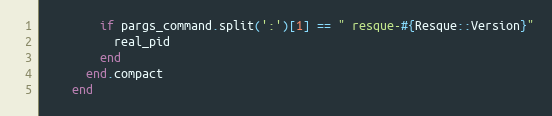
Language: Ruby
        if pargs_command.split(':')[1] == " resque-#{Resque::Version}"
          real_pid
        end
      end.compact
    end